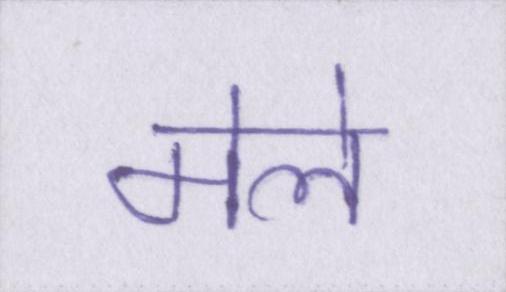
मेले